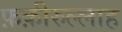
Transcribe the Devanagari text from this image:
फ़क़ीरुल्लाह